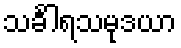
သင်္ခါရသမုဒယာ